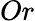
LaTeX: Or